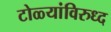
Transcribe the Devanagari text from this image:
टोळ्यांविरुध्द